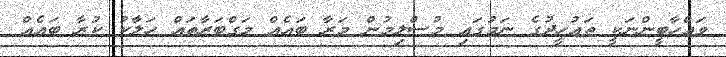
ވައްހާބީންނަކީ ތައުހީދުގެ ނަމުގައި މުސްލިމުން މަރާ ބައެއް މަގްބަރާތައް ހަލާކު ކުރާ ބައެއް